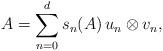
LaTeX: \begin{align*} A = \sum_{n=0}^{d} s_n(A) \, u_n \otimes v_n,\end{align*}